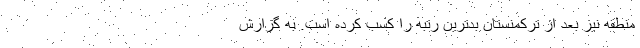
منطقه نیز بعد از ترکمنستان بدترین رتبه را کسب کرده است. به گزارش